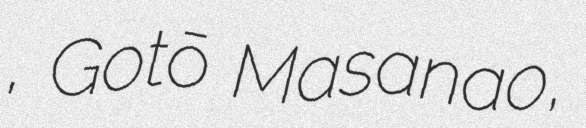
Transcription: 昌直, Gotō Masanao,